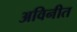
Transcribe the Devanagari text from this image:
अविनीत